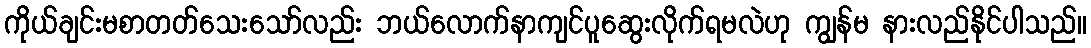
ကိုယ်ချင်းမစာတတ်သေးသော်လည်း ဘယ်လောက်နာကျင်ပူဆွေးလိုက်ရမလဲဟု ကျွန်မ နားလည်နိုင်ပါသည်။